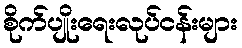
စိုက်ပျိုးရေးလုပ်ငန်းများ